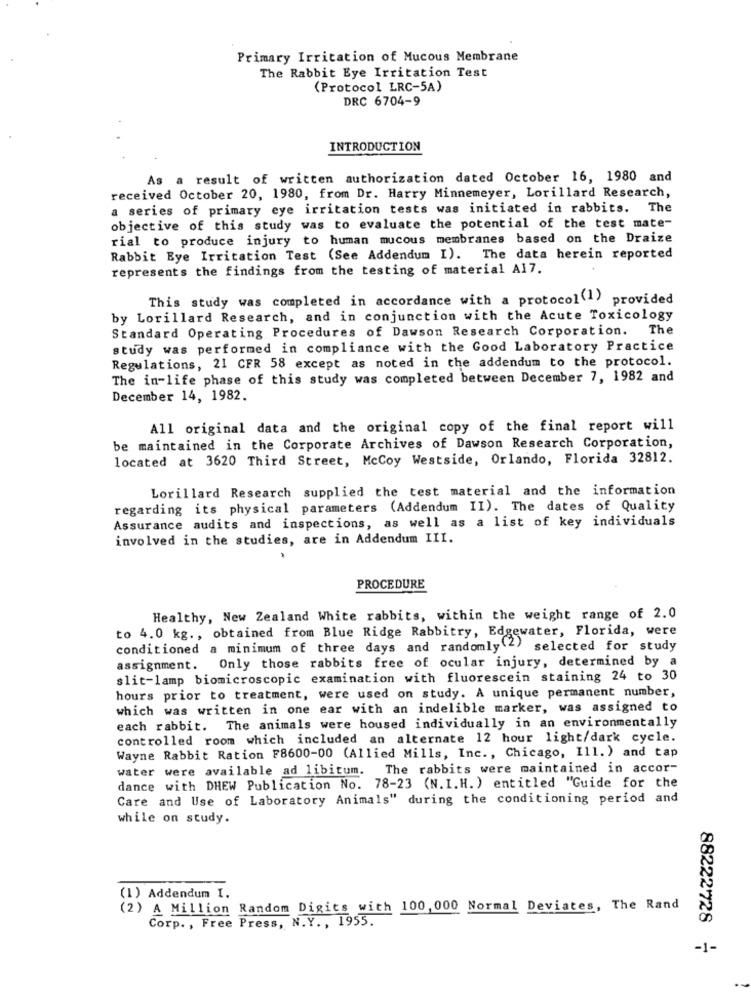
Primary Irritation of Mucous Membrane
The Rabbit Eye Irritation Test
(Protocol LRC-5A)
DRC 6704-9
INTRODUCTION
As a result of written authorization dated October 16, 1980 and
received October 20, 1980, from Dr. Harry Minnemeyer, Lorillard Research,
a series of primary eye irritation tests was initiated in rabbits. The
objective of this study was to evaluate the potential of the test mate-
rial to produce injury to human mucous membranes based on the Draize
Rabbit Eye Irritation Test (See Addendum I). The data herein reported
represents the findings from the testing of material Al7.
This study was completed in accordance with a protocol(1) provided
by Lorillard Research, and in conjunction with the Acute Toxicology
Standard Operating Procedures of Dawson Research Corporation. The
study was performed in compliance with the Good Laboratory Practice
Regulations, 21 CFR 58 except as noted in the addendum to the protocol.
The in-life phase of this study was completed between December 7, 1982 and
December 14, 1982.
All original data and the original copy of the final report will
be maintained in the Corporate Archives of Dawson Research Corporation,
located at 3620 Third Street, McCoy Westside, Orlando, Florida 32812.
Lorillard Research supplied the test material and the information
regarding its physical parameters (Addendum II). The dates of Quality
Assurance audits and inspections, as well as a list of key individuals
involved in the studies, are in Addendum III.
PROCEDURE
Healthy, New Zealand White rabbits, within the weight range of 2.0
to 4.0 kg ., obtained from Blue Ridge Rabbitry, Edgewater, Florida, were
conditioned a minimum of three days and randomly'", selected for study
assignment. Only those rabbits free of ocular injury, determined by a
slit-lamp biomicroscopic examination with fluorescein staining 24 to 30
hours prior to treatment, were used on study. A unique permanent number,
which was written in one ear with an indelible marker, was assigned to
each rabbit. The animals were housed individually in an environmentally
controlled room which included an alternate 12 hour light/dark cycle.
Wayne Rabbit Ration F8600-00 (Allied Mills, Inc ., Chicago, Ill.) and tap
water were available ad libitum. The rabbits were maintained in accor-
dance with DHEW Publication No. 78-23 (N.I.H. ) entitled "Guide for the
Care and Use of Laboratory Animals" during the conditioning period and
while on study.
(1) Addendum I.
(2) A Million Random Digits with 100,000 Normal Deviates, The Rand
Corp. , Free Press, N.Y ., 1955.
88222728 -